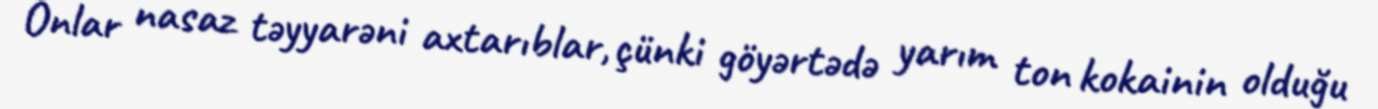
Onlar nasaz təyyarəni axtarıblar, çünki göyərtədə yarım ton kokainin olduğu